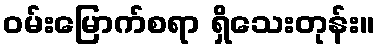
ဝမ်းမြောက်စရာ ရှိသေးတုန်း။